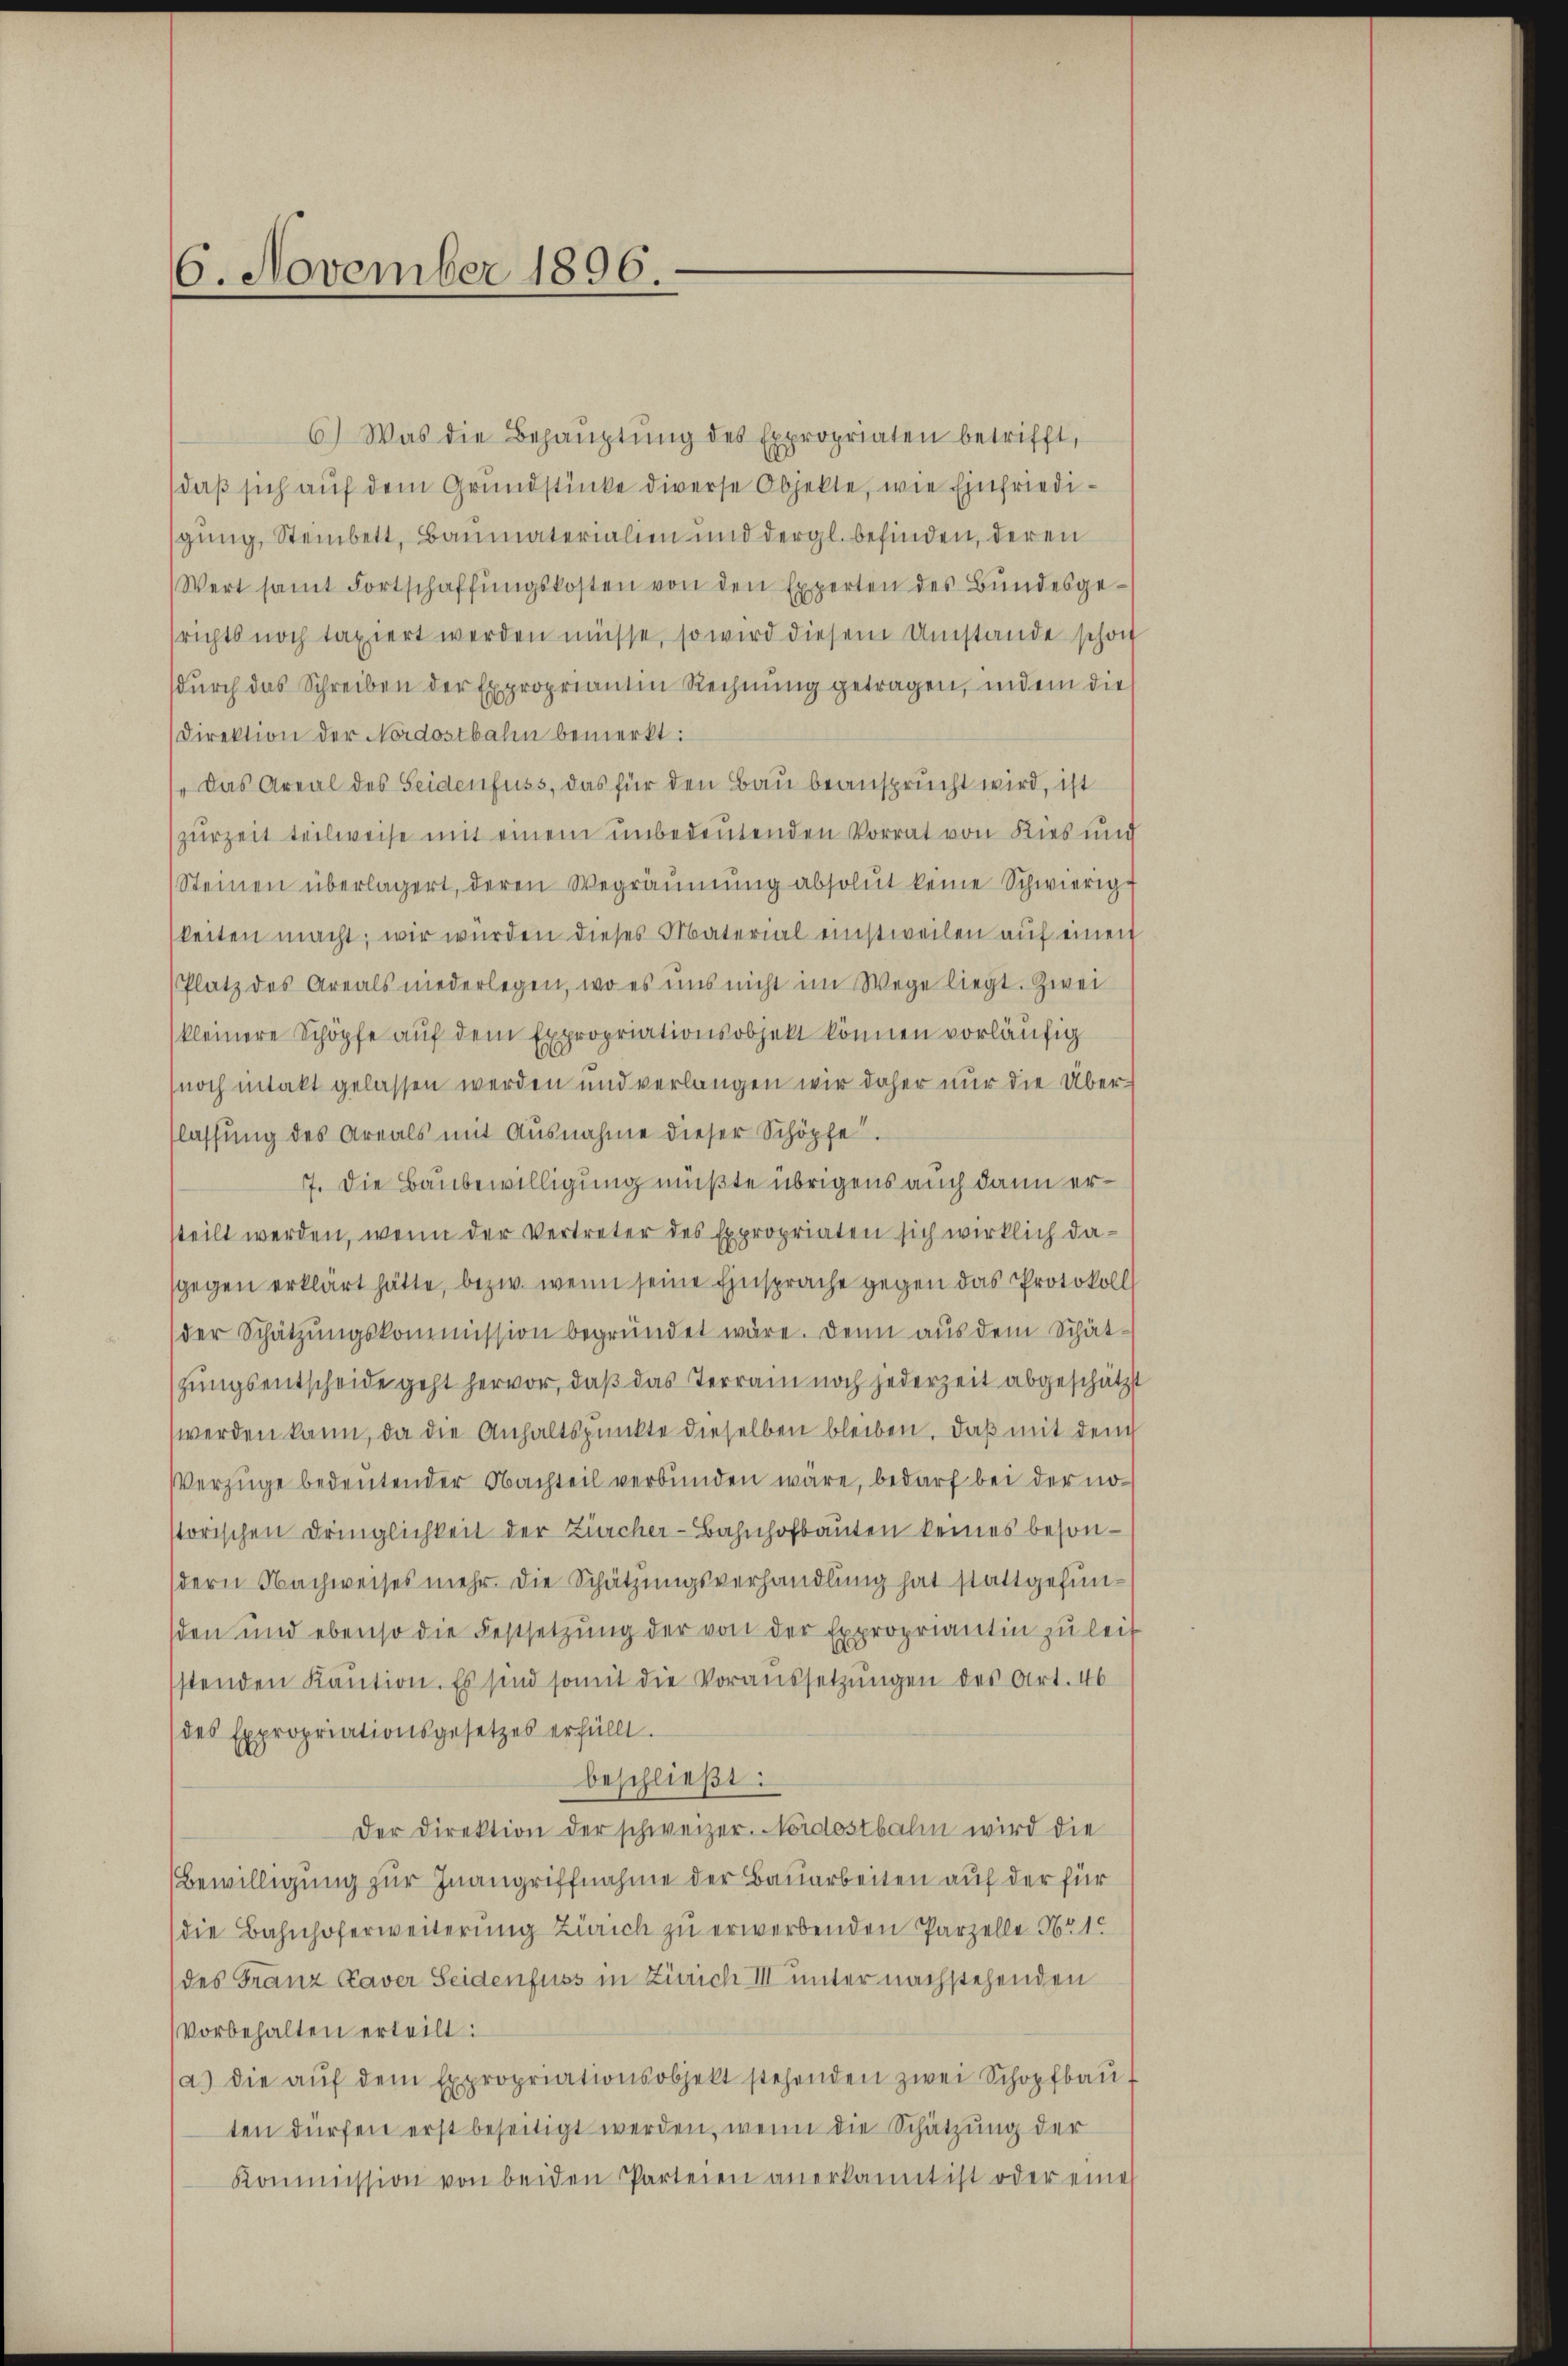
6. November 1896.

6) Was die Behaŭptŭng des Expropriaten betrifft,
daß sich auf dem Grundstücke diverse Objekte, wie Einfriedigung, Steinbett, Baumaterialien und dergl. befinden, deren
Wert samt Fortschaffŭngskosten von den Experten des Bundesgerichts noch taxiert werden müsse, so wird diesem Umstände schon
dŭrch das Schreiben der Expropriantin Rechnung getragen, indem die
Direktion der Nordostbahn bemerkt:
„Das Areal des Seidenfuss, das für den Bau beansprucht wird, ist
zurzeit teilweise mit einem unbedeutenden Vorrat von Kies und
(Steinen überlagert, deren Wegräŭmŭng absolut keine Schwierige
keiten macht; wir würden dieses Material einstweilen auf einen
Platz des Areals niederlegen, wo es uns nicht im Wege liegt. Zwei
kleinere Schöpfe auf dem Expropriationsobjekt können vorläufig
noch intakt gelassen werden und verlangen wir daher nur die Überlassung des Areals mit Ausnahme dieser Schöpfe.
7. Die Baubewilligung müßte übrigens auch dann ersteilt werden, wenn der Vertreter des Expropriaten sich wirklich dasgegen erklärt hätte, bezw. wenn seine Einsprache gegen das Protokoll
der Schatzŭngskommission begründet wäre. Denn aus dem Schät-
zungsentscheide geht hervor, daß das Terrain noch jederzeit abgeschätzt
werden kann, da die Anhaltspunkte dieselben bleiben. Daß mit dem
Verzüge bedeutender Nachteil verbunden wäre, bedarf bei der no
storischen Dringlichkeit der Zürcher-Bahnhofbauten keines besondern Nachweises mehr die Schätzungsverhandlung hat stattgefunsden und ebenso die Festsetzŭng der von der Expropriantin zŭ leit
stenden Kaŭtion. Es sind somit die Voraussetzŭngen des Art. 46
des Expropriationsgesetzes erfüllt.
beschließt:
der Direktion der schweizer. Nordostbahn wird die
Bewilligung zur Inangriffnahme der Bauarbeiten auf der für
die Bahnhoferweiterung Zürich zu erwerbenden Parzelle Nr. 1
des Franz Kaver Seidenfuss in Zürich III unter nachstehenden
Vorbehalten erteilt:
(a) die aŭf dem Expropriationsobjekt stehenden zwei Schopfbaŭ-
ten dürfen erst beseitigt werden, wenn die Schätzung der
Kommission von beiden Parteien anerkannt ist oder eine